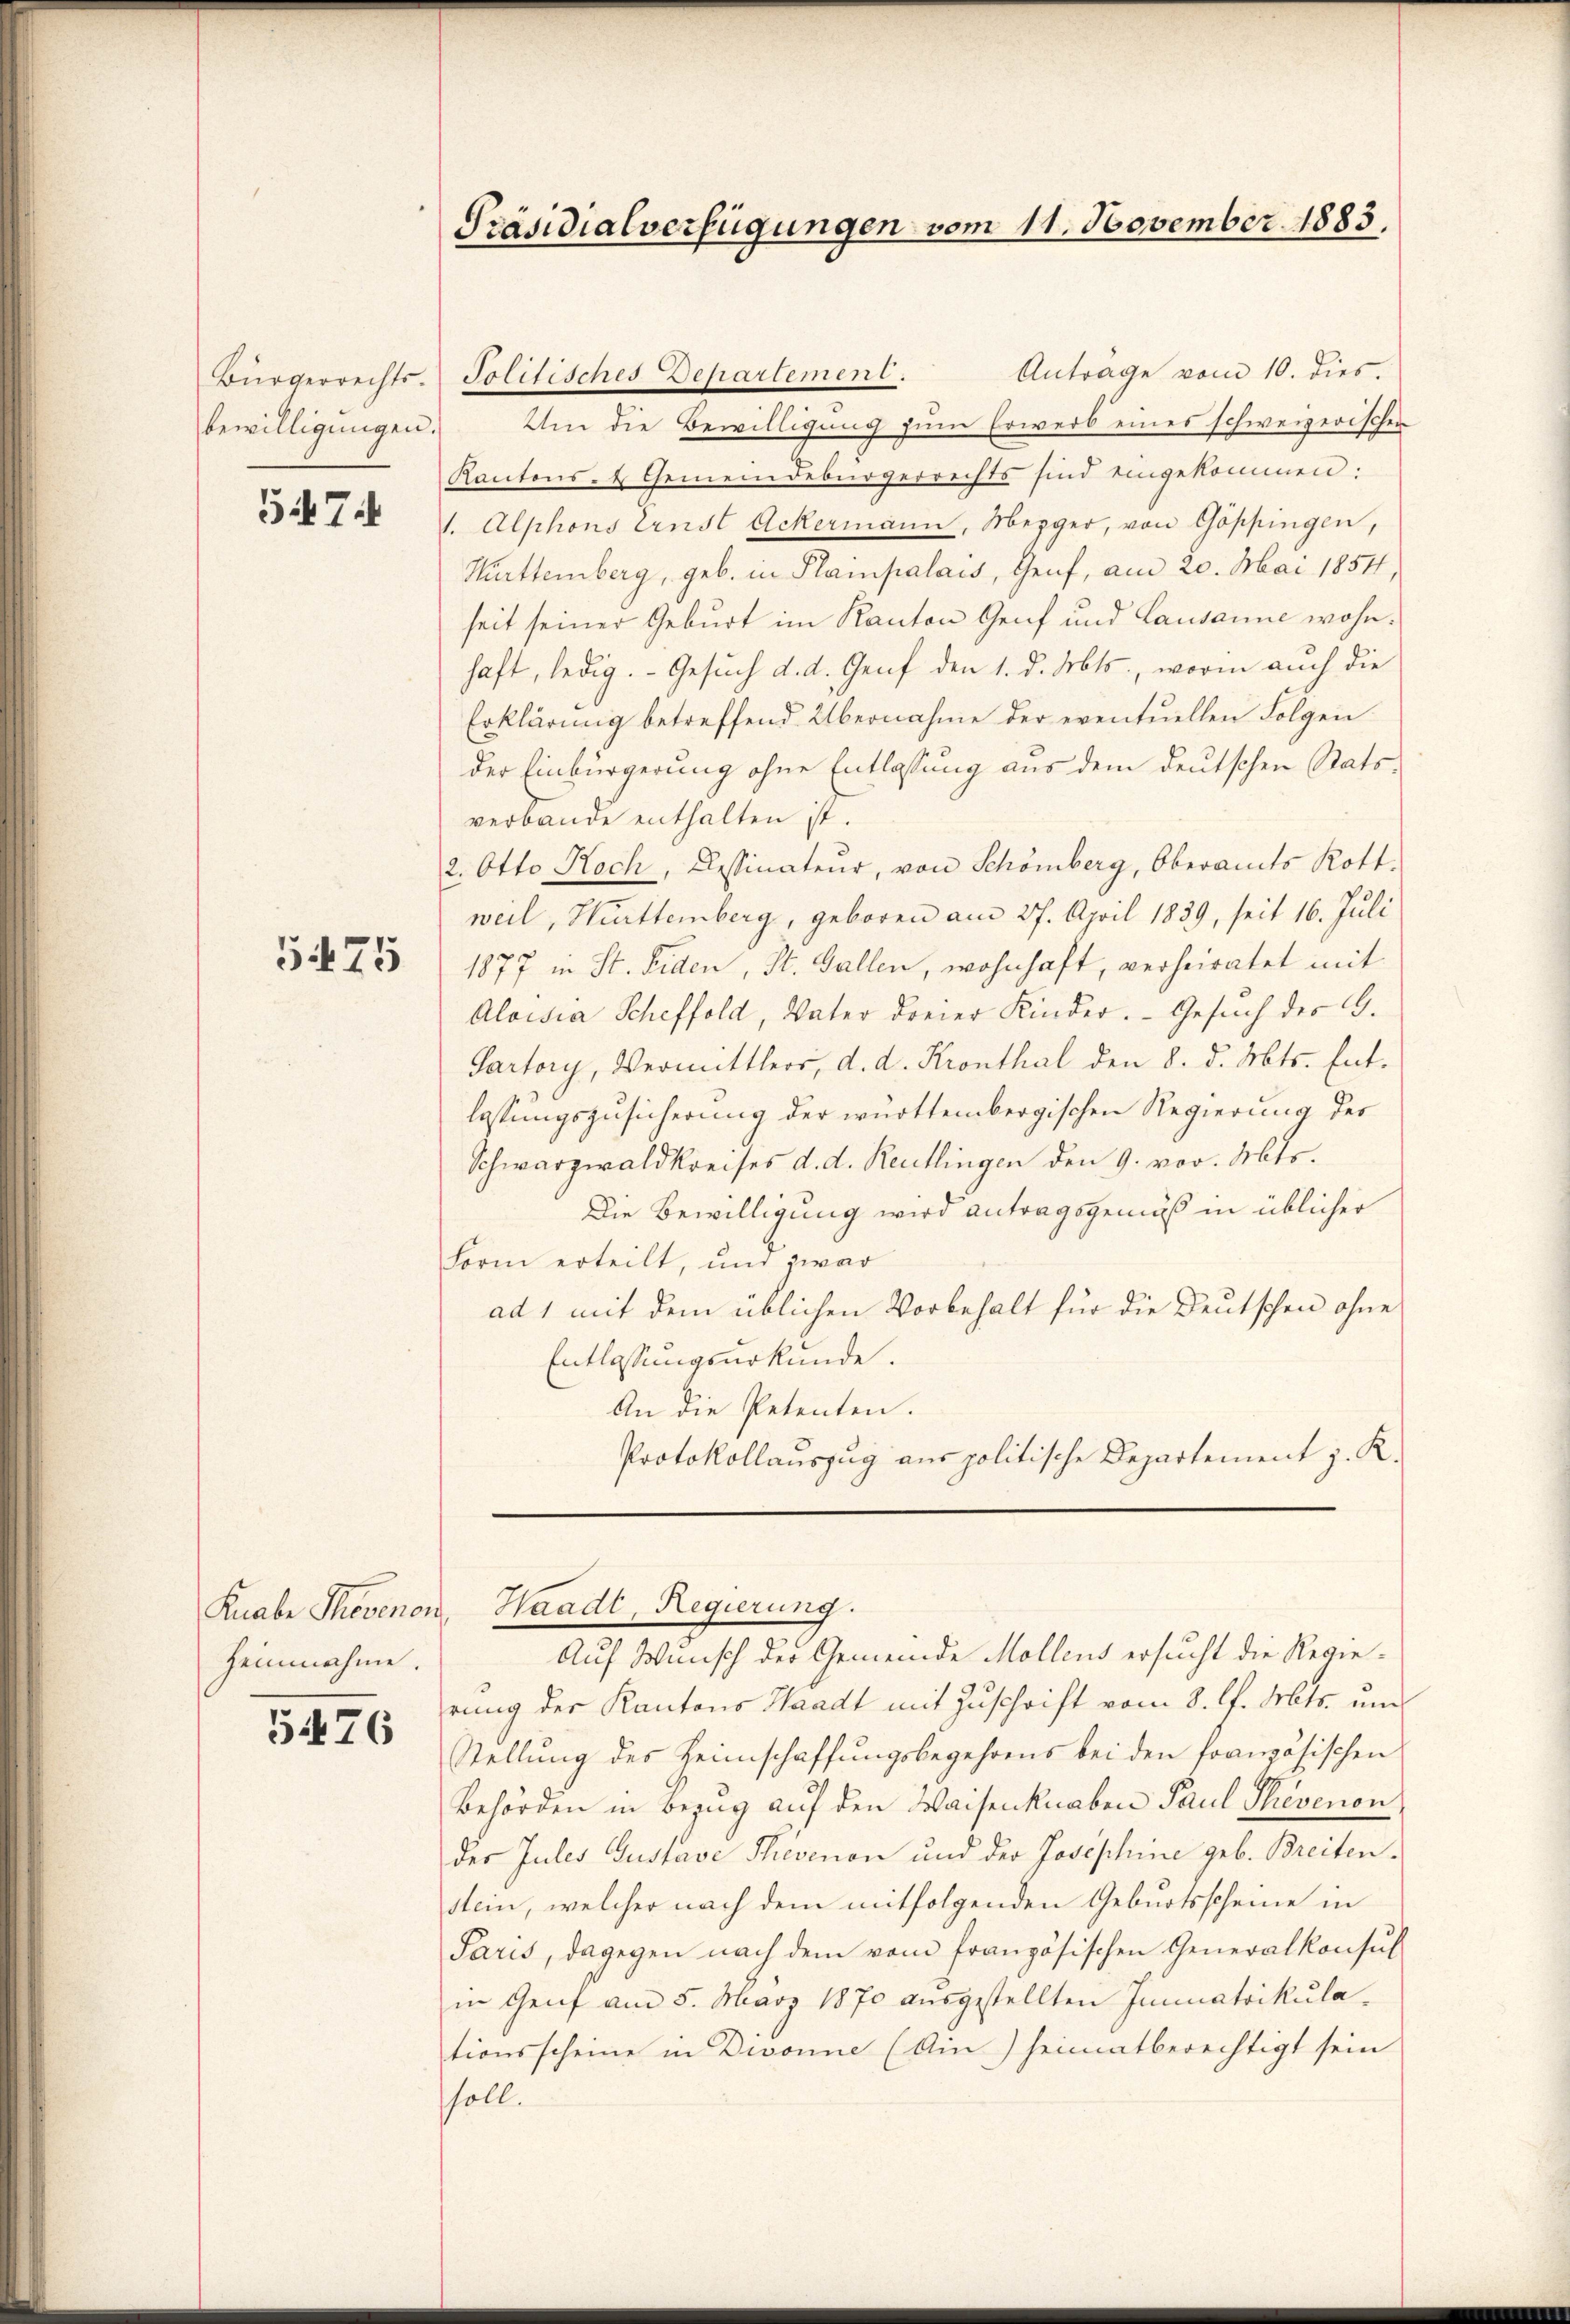
bewilligungen.

5474

375

Anträge vom 10. dies.
Um die Bewilligung zum Erwerb eines schweizerischen
Kantons- & Gemeindebürgerrechts sind eingekommen:
1. Alphons Ernst Ackermann, Mezger, von Göppingen,
Kürttemberg, geb. in Plainpalais, Genf, am 20. Mai 1854
seit seiner Geburt im Kanton Genf und Lausanne wohnhaft, ledig. Gesuch d. d. Genf den 1. d. Mts., worin auch die
Erklärung betreffend Übernahme der eventuellen Folgen
der Einbürgerung ohne Entlassung aus dem deutschen Stats
verbande enthalten ist.
2. Otto Roch, Cessinateur, von Schönberg, Oberamts Rott.
weil, Württemberg, geboren am 27. April 1839, seit 16. Juli
1877 in St. Fiden, St. Gallen, wohnhaft, verheiratet mit
Aloisia Scheffold, Vater dreier Kinder. Gesuch des G.
Partory, Vermittler, d. d. Kronthal den 8. d. Mts. Ent-
lassungszusicherung der württembergischen Regierung des
Schwarzwald Kreises d. d. Reutlingen den 9. vor. Mts.
Die Bewilligung wird antragsgemäß in üblicher
Form erteilt, und zwar
ad 1 mit dem üblichen Vorbehalt für die Deutschen ohne
Entlassungsurkunde.
An die Petenten.
Protokollauszug aus politische Departement z. K.

Heinnahme.

5476

Präsidialverfügungen vom 11. November 1883.

Bürgerrechts-Politisches Departement.

Knabe Thovenon, Waadt, Regierung.

Auf Wunsch der Gemeinde Möllens ersucht die Regierung der Kantons Waadt mit Zuschrift vom 8. l. Mts. und
Stellung des Heimschaffungsbegehrens bei den französischen
Behörden in Bezug auf den Waisenknaben Paul Phevenon
der Jules Gustave Thevenon und der Josephine geb. Breitenstein, welcher nach dem mitfolgenden Geburtsscheine in
Paris, dagegen nach dem vom französischen Generalkonsul
in Genf am 5. März 1870 ausgestellten Immatrikula
tionsscheine in Divonne (Ain) heimatberechtigt sein
soll.